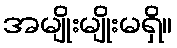
အမျိုးမျိုးမရှိ။